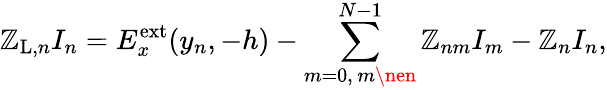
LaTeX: \mathbb{Z}_{\mathrm{{L}},n}I_{n}=E_{x}^{\mathrm{{ext}}}(y_{n},-h)-\sum_{m=0,\, m\nen}^{N-1}\mathbb{Z}_{nm}I_{m}-\mathbb{Z}_{n}I_{n},